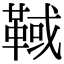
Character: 𩋉